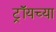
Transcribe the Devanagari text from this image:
ट्रॉयच्या